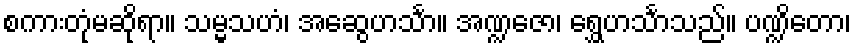
စကားတုံမဆိုရာ။ သမ္မသဟံ၊ အဆွေဟင်္သာ။ အဏ္ဍဇော၊ ရွှေဟင်္သာသည်။ ပဏ္ဍိတော၊